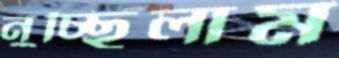
নুচ্ছিলাম